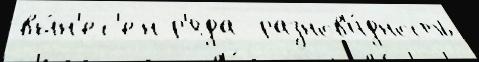
вы́н'ес'ен р'яда  разнов'и́дность